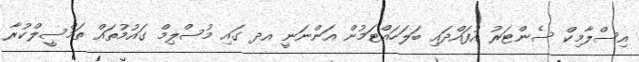
އިސްލާމިކް ސެންޓަރު އުފައްދައި ބަލަހައްޓަމުން އަންނަނީ އދ ގައި މުސްލިމް ގައުމުތައް ތަމްސީލްކުރާ